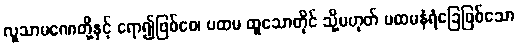
လူသာမဏေတို့နှင့် ရော၍ဖြစ်စေ၊ ပထမ ထူသောတိုင် သို့မဟုတ် ပထမနံရံခြေဖြစ်သော